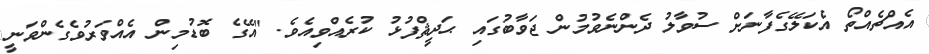
އެއްޗެއްތޯ އެކަލޭގެފާނަށް ސުވާލު ދެންނެވުމުން ޖަވާބުގައި ޙަދީޘްފުޅު ކުރެއްވިއެވެ. "އޭގެ ބޮޑުމިން އެއްވަރުވެގެންވަނީ